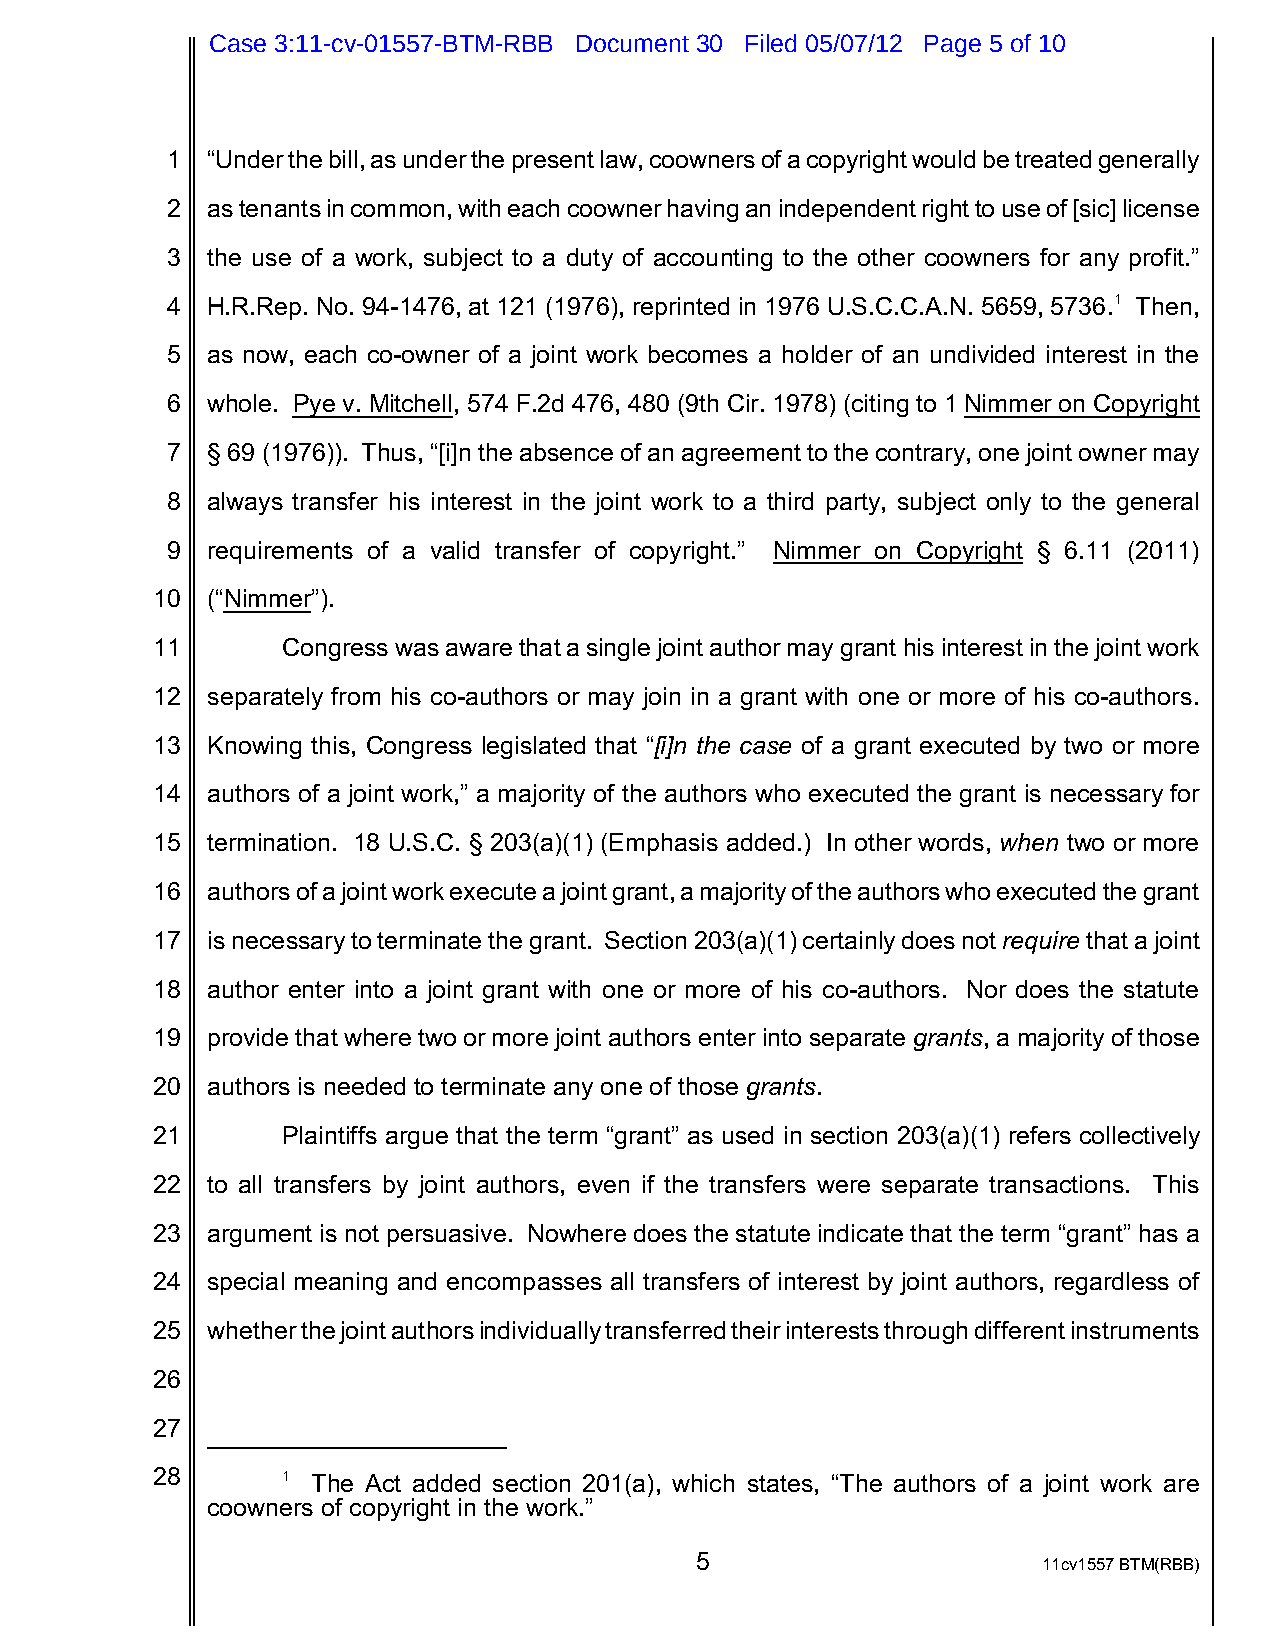
Case 3:11-cv-01557-BTM-RBB Document 30 Filed 05/07/12 Page 5 of 10
 1  “Under the bill, as under the present law, coowners of a copyright would be treated generally
 2  as tenants in common, with each coowner having an independent right to use of [sic] license
 3  the use of a work, subject to a duty of accounting to the other coowners for any profit.”
 4  H.R.Rep. No. 94-1476, at 121 (1976), reprinted in 1976 U.S.C.C.A.N. 5659, 5736.1 Then,
 5  as now, each co-owner of a joint work becomes a holder of an undivided interest in the
 6  whole. Pye v. Mitchell, 574 F.2d 476, 480 (9th Cir. 1978) (citing to 1 Nimmer on Copyright
 7  § 69 (1976)). Thus, “[i]n the absence of an agreement to the contrary, one joint owner may
 8  always transfer his interest in the joint work to a third party, subject only to the general
 9  requirements of a valid transfer of copyright.” Nimmer on Copyright § 6.11 (2011)
 10  (“Nimmer”).
 11       Congress was aware that a single joint author may grant his interest in the joint work
 12  separately from his co-authors or may join in a grant with one or more of his co-authors.
 13  Knowing this, Congress legislated that “[i]n the case of a grant executed by two or more
 14  authors of a joint work,” a majority of the authors who executed the grant is necessary for
 15  termination. 18 U.S.C. § 203(a)(1) (Emphasis added.) In other words, when two or more
 16  authors of a joint work execute a joint grant, a majority of the authors who executed the grant
 17  is necessary to terminate the grant. Section 203(a)(1) certainly does not require that a joint
 18  author enter into a joint grant with one or more of his co-authors. Nor does the statute
 19  provide that where two or more joint authors enter into separate grants, a majority of those
 20  authors is needed to terminate any one of those grants.
 21       Plaintiffs argue that the term “grant” as used in section 203(a)(1) refers collectively
 22  to all transfers by joint authors, even if the transfers were separate transactions. This
 23  argument is not persuasive. Nowhere does the statute indicate that the term “grant” has a
 24  special meaning and encompasses all transfers of interest by joint authors, regardless of
 25  whether the joint authors individually transferred their interests through different instruments
 26
 27
 28       1 The Act added section 201(a), which states, “The authors of a joint work are
 coowners of copyright in the work.”
 5                      11cv1557 BTM(RBB)